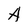
Character: A